Indian journal of veterinary science and animal husbandry - Volumes 22-23, 1952-1953
Year: 1952
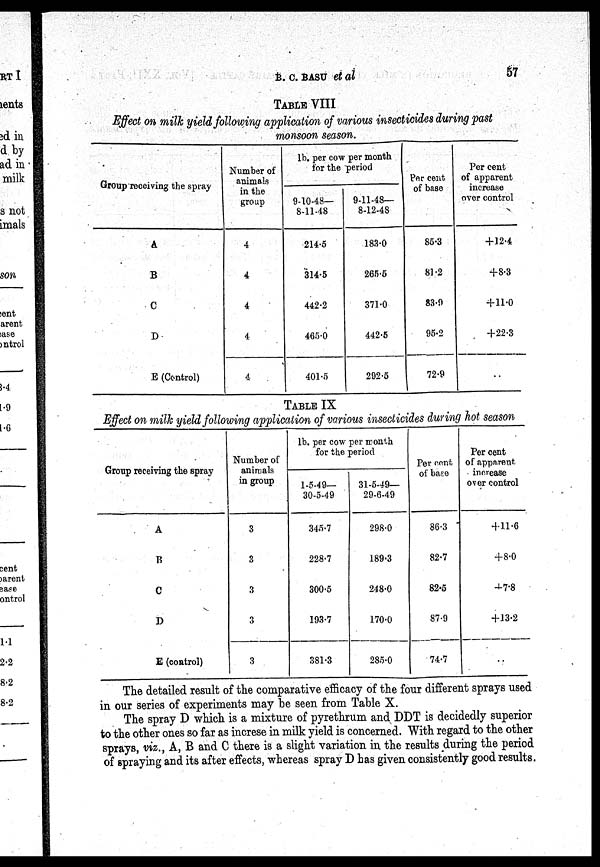
B. C. BASU et al
57
TABLE VIII
Effect on milk yield following application of various insecticides during past
monsoon season.
Group receiving the spray
A
B
C
D
E (Control)
Number of
animals
in the
group
4
4
4
4
4
lb. per cow per month
for the period
9-10-48—
8-11-48
214.5
314.5
442.2
465.0
401.5
9-11-48—
8-12-48
183.0
265.5
371.0
442.5
292.5
Per cent
of base
85.3
81.2
83.9
95.2
72.9
Per cent
of apparent
increase
over control
+12.4
+8.3
+11.0
+22.3
TABLE IX
Effect on milk yield following application of various insecticides during hot season
Group receiving the spray
A
B
C
D
E (control)
Number of
animals
in group
3
3
3
3
3
lb. per cow per month
for the period
1-5-49—
30-5-49
345.7
228.7
300.5
193.7
381.3
31-6-49—
29-6-49
298.0
189.3
248.0
170.0
285.0
Per cent
of base
86.3
82.7
82.5
87.9
74.7
Per cent
of apparent
increase
over control
+11.6
+8.0
+7.8
+13.2
..
The detailed result of the comparative efficacy of the four different sprays used
in our series of experiments may be seen from Table X.
The spray D which is a mixture of pyrethrum and DDT is decidedly superior
to the other ones so far as increse in milk yield is concerned. With regard to the other
sprays, viz., A, B and C there is a slight variation in the results during the period
of spraying and its after effects, whereas spray D has given consistently good results.